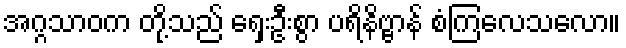
အဂ္ဂသာဝက တို့သည် ရှေးဦးစွာ ပရိနိဗ္ဗာန် စံကြလေသလော။